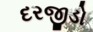
દરજીડો